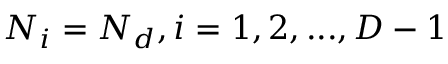
N _ { i } = N _ { d } , i = 1 , 2 , . . . , D - 1